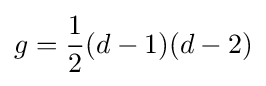
g={\frac {1}{2}}(d-1)(d-2)